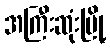
အကြီးဆုံးမြို့